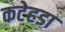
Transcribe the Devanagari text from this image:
कटेहडा